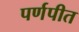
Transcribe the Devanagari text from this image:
पर्णपीत